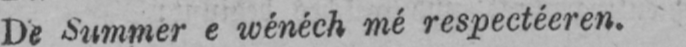
De Summer e wénéch mé respectéeren.